Report of the Municipal Commissioner on the plague in Bombay for the year ending 31st May... - Volume 2
Disease focus: Plague
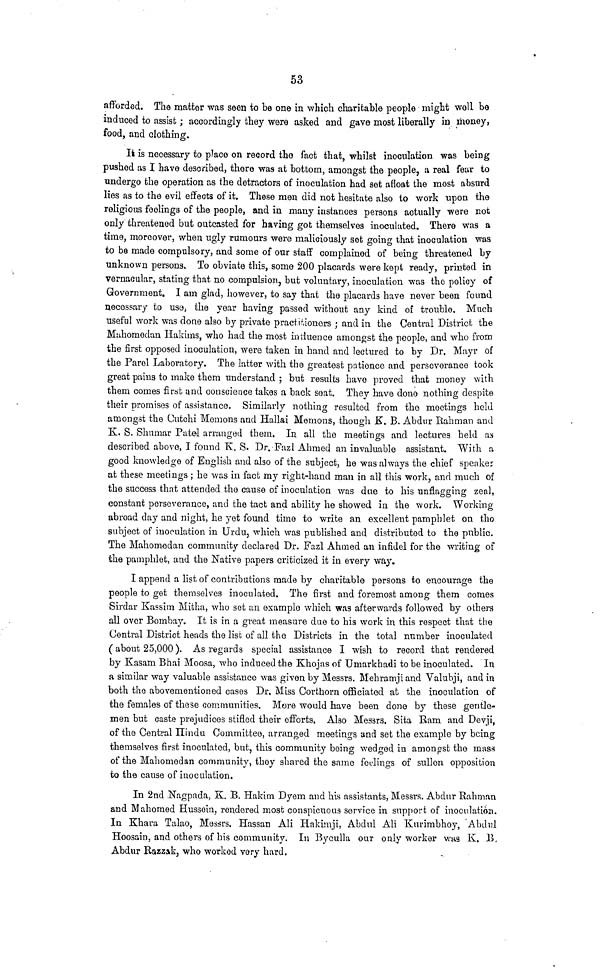
53
afforded. The matter was seen to be one in which charitable people might well be
induced to assist; accordingly they were asked and gave most liberally in money,
food, and clothing.
It is necessary to place on record the fact that, whilst inoculation was being
pushed as I have described, there was at bottom, amongst the people, a real fear to
undergo the operation as the detractors of inoculation had set afloat the most absurd
lies as to the evil effects of it. These men did not hesitate also to work upon the
religious feelings of the people, and in many instances persons actually were not
only threatened but outcasted for having got themselves inoculated. There was a
time, moreover, when ugly rumours were maliciously set going that inoculation was
to be made compulsory, and some of our staff complained of being threatened by
unknown persons. To obviate this, some 200 placards were kept ready, printed in
vernacular, stating that no compulsion, but voluntary, inoculation was the policy of
Government. I am glad, however, to say that the placards have never been found
necessary to use, the year having passed without any kind of trouble. Much
useful work was done also by private practitioners ; and in the Central District the
Mahomedan Hakims, who had the most induence amongst the people, and who from
the first opposed inoculation, were taken in hand and lectured to by Dr. Mayr of
the Parel Laboratory. The latter with the greatest patience and perseverance took
great pains to make them understand ; but results have proved that money with
them comes first and conscience takes a back seat. They have dono nothing despite
their promises of assistance. Similarly nothing resulted from the meetings held
amongst the Cutchi Memons and Hallai Memons, though K. B. Abdur Rahman and
K. S. Shumar Patel arranged them. In all the meetings and lectures held as
described above, I found K. S. Dr. Fazl Ahmed an invaluable assistant. With a
good knowledge of English and also of the subject, he was always the chief speaker
at these meetings; he was in fact my right-hand man in all this work, and much of
the success that attended the cause of inoculation was due to his unflagging zeal,
constant perseverance, and the tact and ability he showed in the work. Working
abroad day and night, he yet found time to write an excellent pamphlet on the
subject of inoculation in Urdu, which was published and distributed to the public.
The Mahomedan community declared Dr. Fazl Ahmed an infidel for the writing of
the pamphlet, and the Native papers criticized it in every way,
I append a list of contributions made by charitable persons to encourage the
people to get themselves inoculated. The first and foremost among them comes
Sirdar Kassim Mitha, who sot an example which was afterwards followed by others
all over Bombay. It is in a great measure due to his work in this respect that the
Central District heads the list of all the Districts in the total number inoculated
(about 25,000). As regards special assistance I wish to record that rendered
by Kasam Bhai Moosa, who induced the Khojas of Umarkhadi tobe inoculated. In
a similar way valuable assistance was given by Messrs. Mehramji and Valubji, and in
both tho abovementioned cases Dr. Miss Corthorn officiated at the inoculation of
the females of these communities. More would have been done by these gentle-
men but caste prejudices stifled their efforts. Also Messrs. Sita Ram and Devji,
of the Central Hindu Committee, arranged meetings and set the example by being
themselves first inoculated, but, this community being wedged in amongst the mass
of the Mahomedan community, they shared the same feelings of sullen opposition
to the cause of inoculation.
In 2nd Nagpada, K. B. Hakim Dyem and his assistants, Messrs. Abdur Rahman
and Mahomed Hussein, rendered most conspicuous service in support of inoculation.
In Khara Talao, Messrs. Hassan Ali Hakimji, Abdul Ali Kuvimbhoy, Abdul
Hoosain, and others of his community. In Byculla our only worker was K. B
Abdur Razzak, who worked very hard.